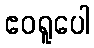
ဧဝရူပေါ